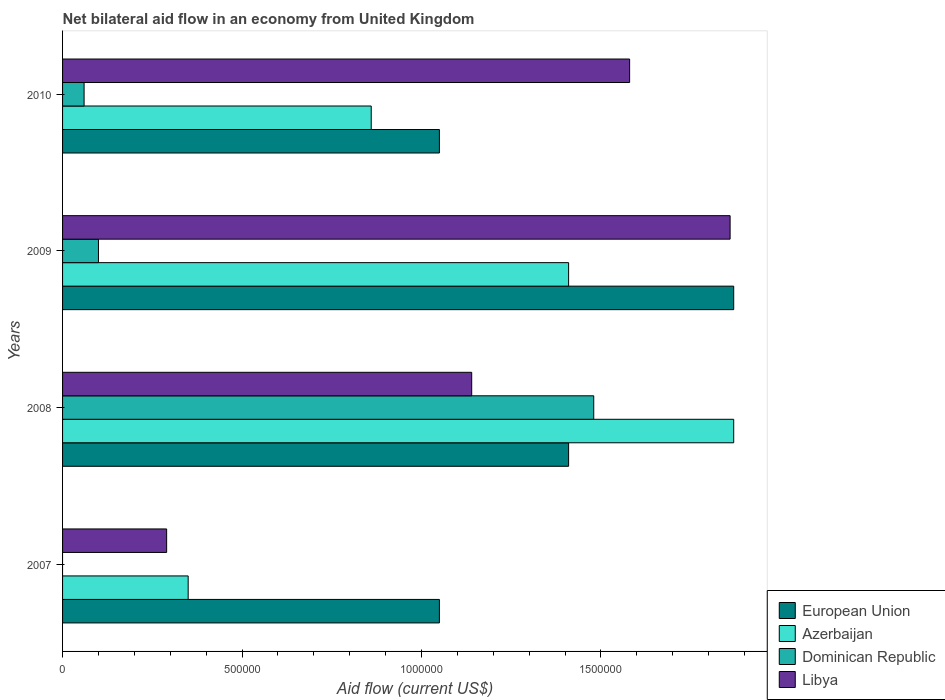
| Years | European Union | Azerbaijan | Dominican Republic | Libya |
 | --- | --- | --- | --- | --- |
 | 2007 | 1.05e+06 | 3.5e+05 | -3.74e+07 | 2.9e+05 |
 | 2008 | 1.41e+06 | 1.87e+06 | 1.48e+06 | 1.14e+06 |
 | 2009 | 1.87e+06 | 1.41e+06 | 1e+05 | 1.86e+06 |
 | 2010 | 1.05e+06 | 8.6e+05 | 6e+04 | 1.58e+06 |